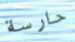
حارسة